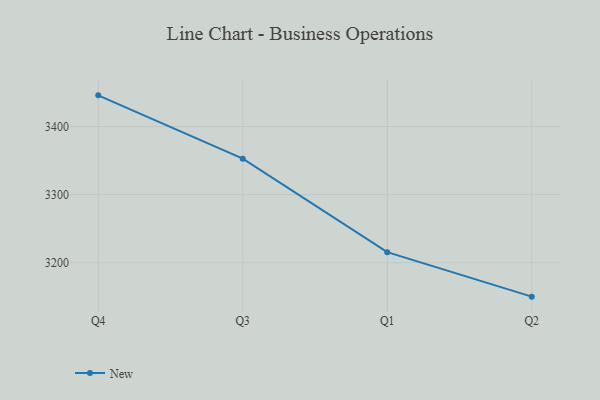
{"axis": {"x": "Quarter", "y": "Humidity (%)"}, "legend": ["New"], "data": [{"x": "Q4", "y": 3445.9, "type": "New"}, {"x": "Q3", "y": 3352.9, "type": "New"}, {"x": "Q1", "y": 3215.4, "type": "New"}, {"x": "Q2", "y": 3150.1, "type": "New"}]}